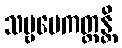
သဗ္ဗမေကတ္တန္တိ